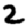
Digit: 2